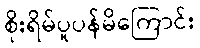
စိုးရိမ်ပူပန်မိကြောင်း